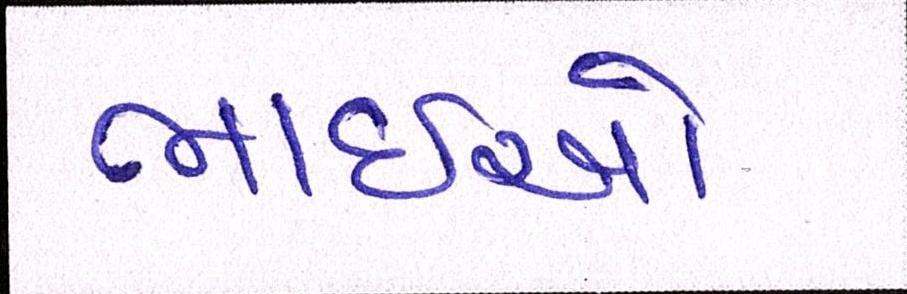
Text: ભાઈઓ